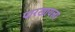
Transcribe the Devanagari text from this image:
पारखायला